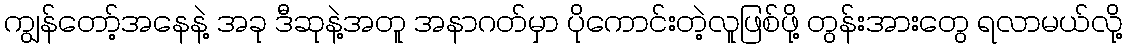
ကျွန်တော့်အနေနဲ့ အခု ဒီဆုနဲ့အတူ အနာဂတ်မှာ ပိုကောင်းတဲ့လူဖြစ်ဖို့ တွန်းအားတွေ ရလာမယ်လို့